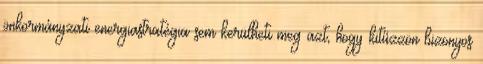
önkormányzati energiastratégia sem kerülheti meg azt, hogy kitűzzön bizonyos